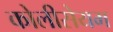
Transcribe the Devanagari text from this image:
कोलीसेयम